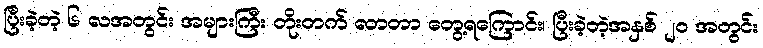
ပြီးခဲ့တဲ့ ၆ လအတွင်း အများကြီး တိုးတက် လာတာ တွေ့ရကြောင်း၊ ပြီးခဲ့တဲ့အနှစ် ၂၀ အတွင်း